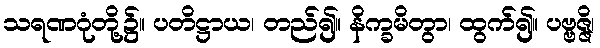
သရဏဂုံတို့၌။ ပတိဋ္ဌာယ၊ တည်၍။ နိက္ခမိတွာ၊ ထွက်၍။ ပဗ္ဗဇ္ဇိ၊